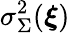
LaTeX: \sigma_{\Sigma}^{2}(\boldsymbol{\xi})